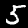
Label: 5